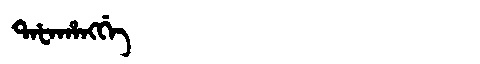
Manchu: ᡨᠠᡶᠠᡥᠠᠩᡤᡝ
Romanization: TAFAHANGGE